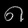
Digit: ၈